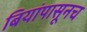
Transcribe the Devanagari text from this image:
बियांपासूनच